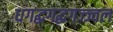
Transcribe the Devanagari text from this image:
धगद्धगद्धगज्ज्वल